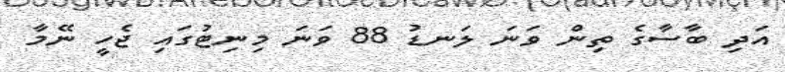
އަދި ބާސާގެ ތިން ވަނަ ލަނޑު 88 ވަނަ މިނިޓުގައި ޖެހީ ނޭމާ